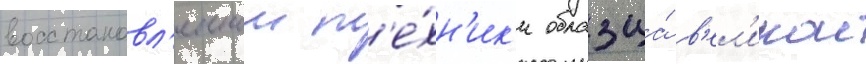
восстановл'еннои т'е́хн'ик'и образца́ в'ел'икои